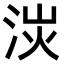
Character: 𣴽